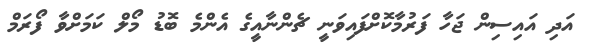
އަދި އައިސިން ޖަހާ ފަރުމާކޮށްފައިވަނީ ޗެންނާއީގެ އެންމެ ބޮޑު މޯލް ކަމަށްވާ ފޯރަމް